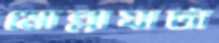
মোল্লাঘাটা